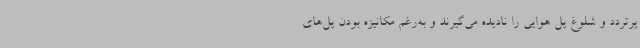
پرتردد و شلوغ پل هوایی را نادیده می‌گیرند و به‌رغم مکانیزه بودن پل‌های